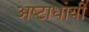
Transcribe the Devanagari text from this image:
अष्‍टाधायी